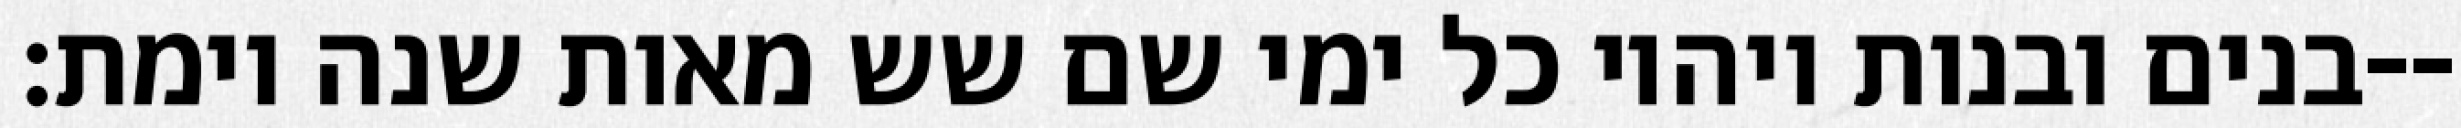
בנים ובנות ויהיו כל ימי שם שש מאות שנה וימת׃--